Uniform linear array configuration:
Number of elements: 64
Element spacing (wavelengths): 0.5
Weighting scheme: cosine
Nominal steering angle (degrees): -45
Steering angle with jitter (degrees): -43.169
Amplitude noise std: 0.05
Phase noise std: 0.05

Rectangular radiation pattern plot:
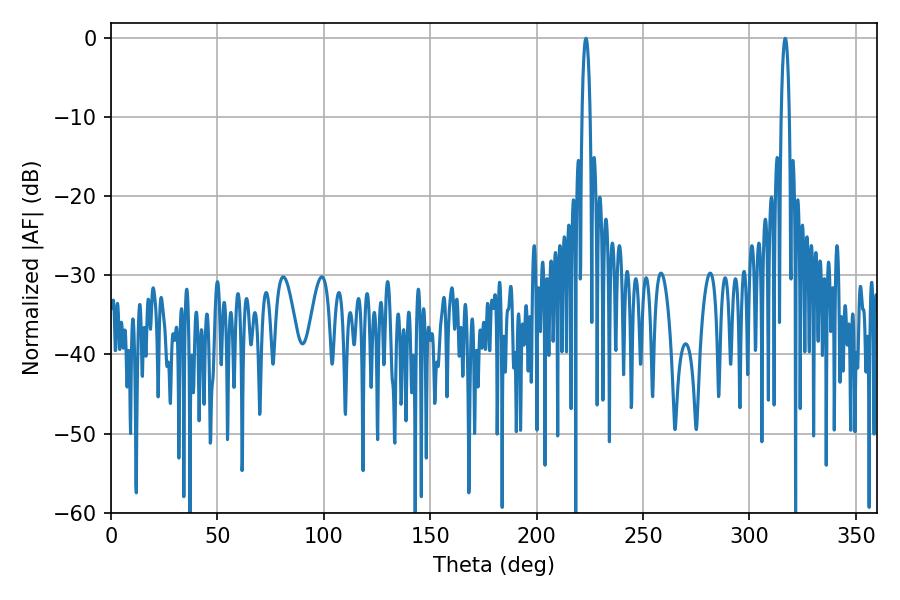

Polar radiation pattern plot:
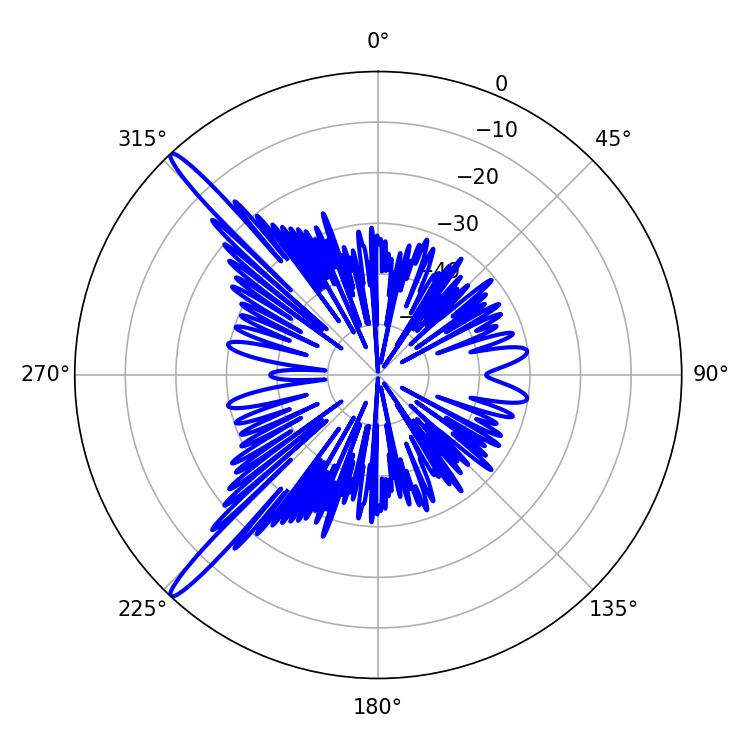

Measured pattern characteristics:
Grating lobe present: FALSE
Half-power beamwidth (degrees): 2.16
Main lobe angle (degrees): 316.8